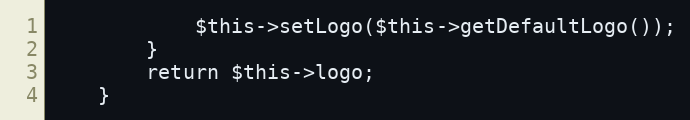
Language: PHP
            $this->setLogo($this->getDefaultLogo());
        }
        return $this->logo;
    }